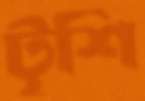
টৃশি